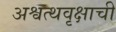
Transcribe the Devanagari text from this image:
अश्वत्थवृक्षाची